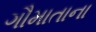
ગૌમાતાના